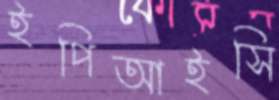
ইপিআইসি